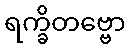
ရက္ခိတဗ္ဗော